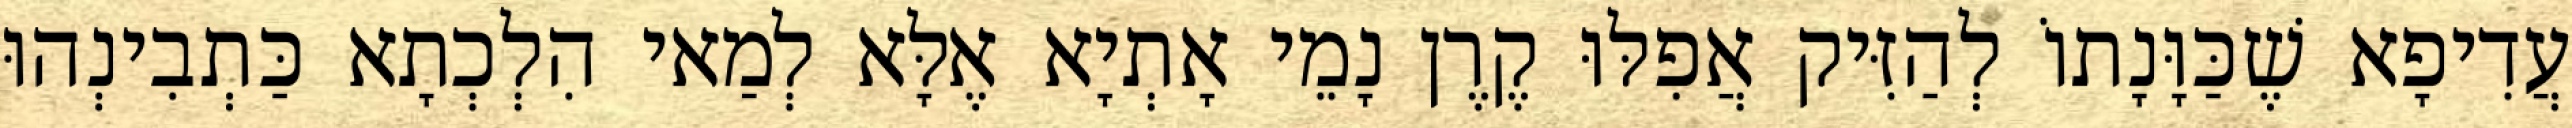
עֲדִיפָא שֶׁכַּוָּנָתוֹ לְהַזִּיק אֲפִלּוּ קֶרֶן נָמֵי אָתְיָא אֶלָּא לְמַאי הִלְכְתָא כַּתְבִינְהוּ